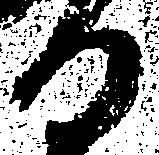
る